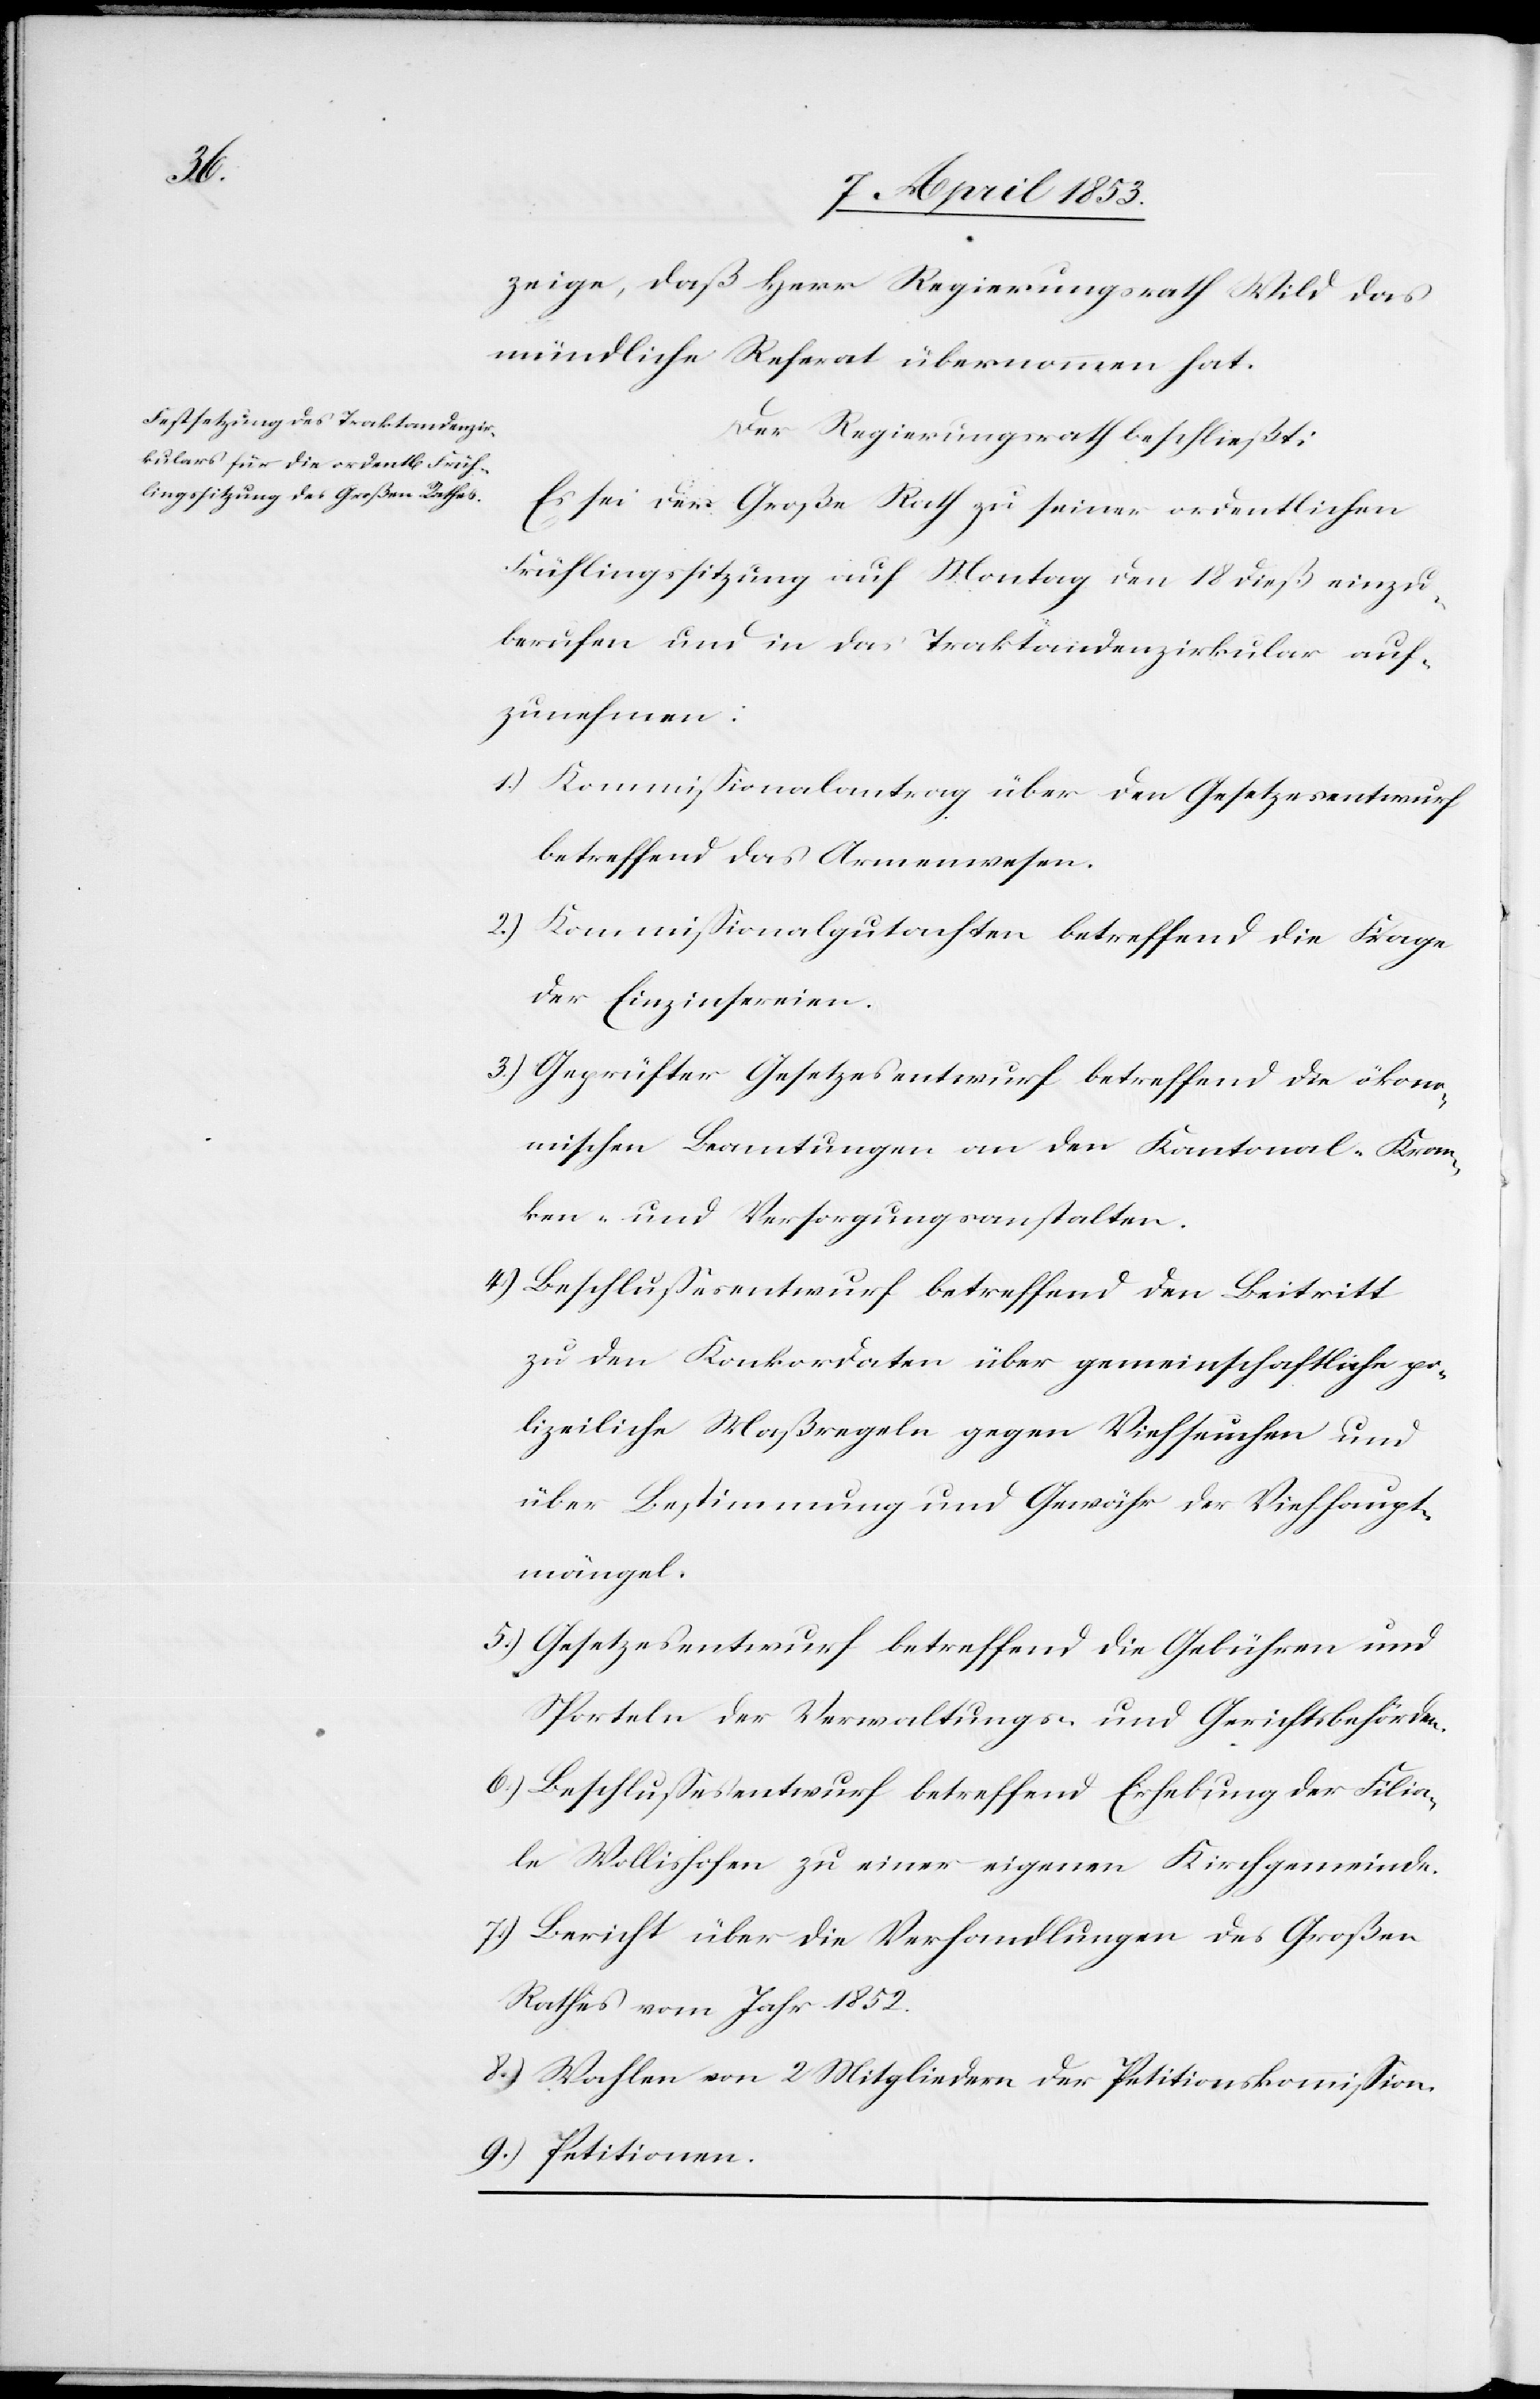
zeige, daß Herr Regierungsrath Wild das
mündliche Referat übernommen hat.
Der Regierungsrath beschließt:
Es sei der Große Rath zu seiner ordentlichen
Frühlingssitzung auf Montag den 18 dieß einzu¬
berufen und in das Traktandenzirkular auf¬
zunehmen:
1.) Kommißionalantrag über den Gesetzesentwurf
betreffend das Armenwesen.
2.) Kommißionalgutachten betreffend die Klage
der Einzinsereien.
3.) Geprüfter Gesetzesentwurf betreffend die ökono¬
mischen Beamtungen an den Kantonal- Kran¬
ken- und Versorgungsanstalten.
4.)Beschlußentwurf betreffend den Beitritt
zu den Konkordaten über gemeinschaftliche po¬
lizeiliche Maßregeln gegen Viehseuchen und
über Bestimmung und Gewähr der Viehhaupt¬
mängel.
5.) Gesetzesentwurf betreffend die Gebühren und
Sporteln der Verwaltungs- und Gerichtsbehörden.
6.) Beschlußesentwurf betreffend Erhebung der Filia¬
le Wollishofen zu einer eigenen Kirchgemeinde.
7.) Bericht über die Verhandlungen des Großen
Rathes vom Jahr 1852.
8.) Wahlen von 2 Mitgliedern der Petitionskommißion.
9.) Petitionen.